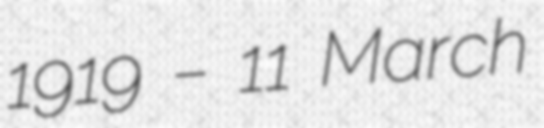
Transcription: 1919 – 11 March